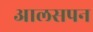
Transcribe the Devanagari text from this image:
आलसपन